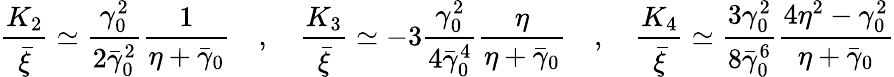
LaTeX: \frac{K_{2}}{\bar{\xi}}\simeq\frac{\gamma_{0}^{2}}{2\bar{\gamma}_{0}^{2}}\frac{1}{\eta+\bar{\gamma}_{0}}\quad,\quad\frac{K_{3}}{\bar{\xi}}\simeq-3\frac{\gamma_{0}^{2}}{4\bar{\gamma}_{0}^{4}}\frac{\eta}{\eta+\bar{\gamma}_{0}}\quad,\quad\frac{K_{4}}{\bar{\xi}}\simeq\frac{3\gamma_{0}^{2}}{8\bar{\gamma}_{0}^{6}}\frac{4\eta^{2}-\gamma_{0}^{2}}{\eta+\bar{\gamma}_{0}}